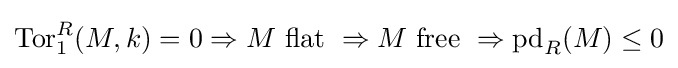
\operatorname {Tor} _{1}^{R}(M,k)=0\Rightarrow M{\text{ flat }}\Rightarrow M{\text{ free }}\Rightarrow \operatorname {pd} _{R}(M)\leq 0